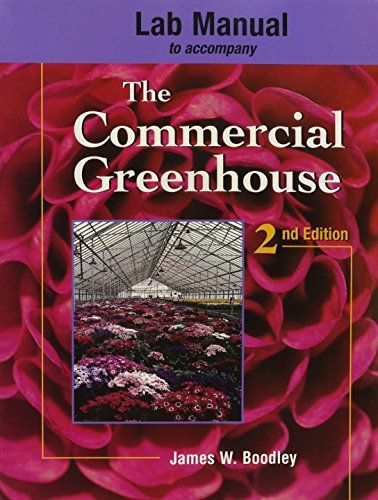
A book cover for Lab Manual to Accompany The Commercial Greenhouse; James Boodley; Crafts, Hobbies & Home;